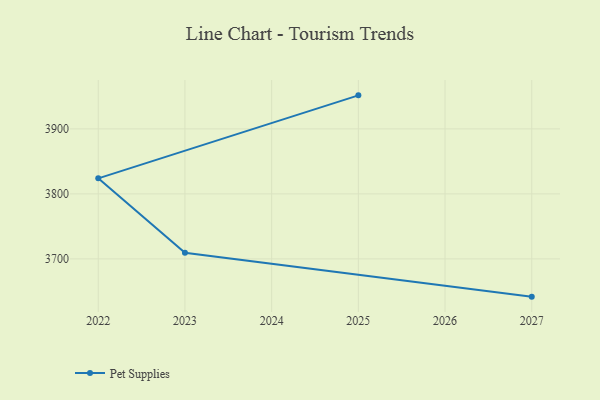
{"axis": {"x": "Year", "y": "Inventory Turnover"}, "legend": ["Pet Supplies"], "data": [{"x": "2027", "y": 3641.9, "type": "Pet Supplies"}, {"x": "2023", "y": 3709.4, "type": "Pet Supplies"}, {"x": "2022", "y": 3823.9, "type": "Pet Supplies"}, {"x": "2025", "y": 3951.6, "type": "Pet Supplies"}]}